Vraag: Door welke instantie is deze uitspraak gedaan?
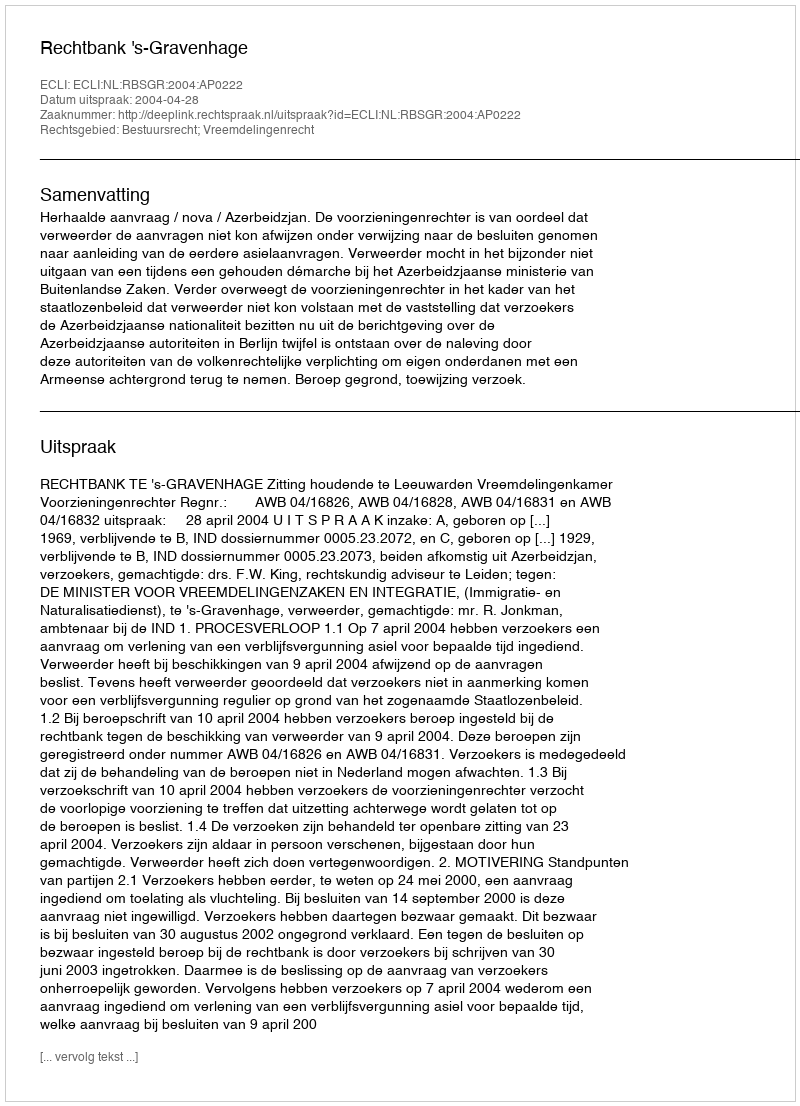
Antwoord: Rechtbank 's-Gravenhage